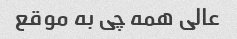
عالی همه چی به موقع